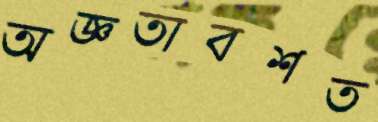
অজ্ঞতাবশত